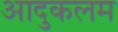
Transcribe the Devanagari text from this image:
आदुकलम